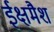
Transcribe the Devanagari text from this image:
ईक्षमैश